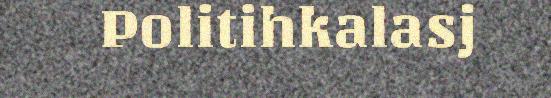
Politihkalasj